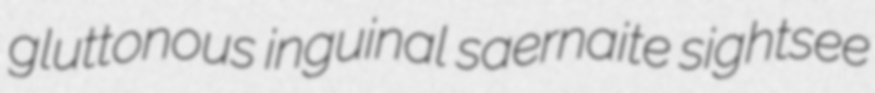
gluttonous inguinal saernaite sightsee